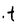
Character: t